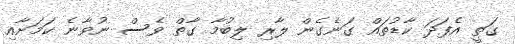
ގަތީ އެފަދަ ކާޑުތައް ގަނެގެން ލާރި ލިބުމާ ގާތް ވެސް ނުވާނެ ކަމަށާއި